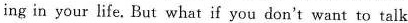
ing in your life. But what if you don't want to talk